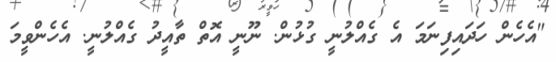
"އެހެން ހަދައިފިނަމަ އެ ގެއްލުނީ ގުޅުން. ނޫނީ އޮތް ތާއީދު ގެއްލުނީ. އެހެންވީމަ